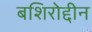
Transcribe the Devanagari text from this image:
बशिरोद्दीन